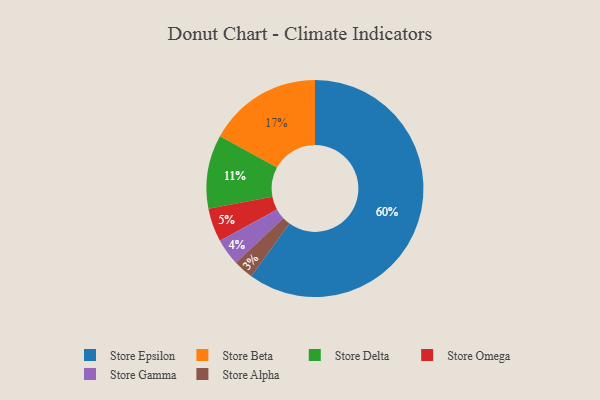
{"axis": {"x": "Category", "y": "Percentage"}, "legend": ["Store Alpha", "Store Beta", "Store Delta", "Store Epsilon", "Store Gamma", "Store Omega"], "data": [{"x": "Store Epsilon", "y": 60, "type": "Store Epsilon"}, {"x": "Store Gamma", "y": 4, "type": "Store Gamma"}, {"x": "Store Beta", "y": 17, "type": "Store Beta"}, {"x": "Store Delta", "y": 11, "type": "Store Delta"}, {"x": "Store Alpha", "y": 3, "type": "Store Alpha"}, {"x": "Store Omega", "y": 5, "type": "Store Omega"}]}